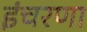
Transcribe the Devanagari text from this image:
इंचरणा